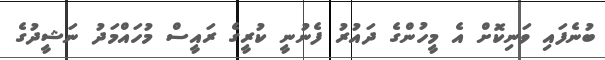
ބުނެފައި ވަނިކޮށް އެ މީހުންގެ ދައުރު ފެނުނީ ކުރީގެ ރައީސް މުހައްމަދު ނަޝީދުގެ